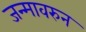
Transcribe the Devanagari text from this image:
जन्मावरुन